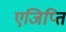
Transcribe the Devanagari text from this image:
एजिप्ति